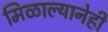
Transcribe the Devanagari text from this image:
मिळाल्यानेही